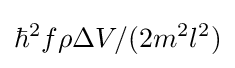
\hbar ^{2}f\rho \Delta V/(2m^{2}l^{2})